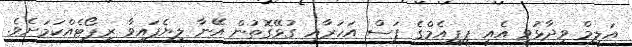
އަލީމް ވިދާޅުވީ އެއީ ޕީޕީއެމްގެ ފަސް އަހަރާއި ގުޅޭގޮތުން އޭނާ ލިޔެފައިވާ ރިޕޯޓެއްކަމަށެވެ.